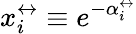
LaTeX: x_{i}^{\leftrightarrow}\equiv e^{-\alpha_{i}^{\leftrightarrow}}